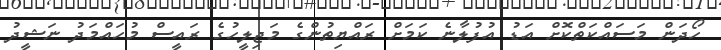
ހޯދަން މަސައްކަތްކޮށް އަޑު އުފުލާނެ ކަމަށް ރައްޔިތުންގެ މަޖިލީހުގެ ރައީސް މުހައްމަދު ނަޝީދު